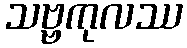
သဗ္ဗကုလဿ